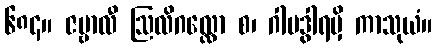
၆၈၄။ ဇမ္ဗာလီ ဩလိဂလ္လော စ၊ ဂါမဒွါရမှိ ကာသုယံ။